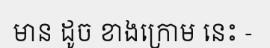
មាន ដូច ខាងក្រោម នេះ -